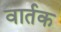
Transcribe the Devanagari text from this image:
वार्तक